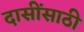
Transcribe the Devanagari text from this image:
दासींसाठी